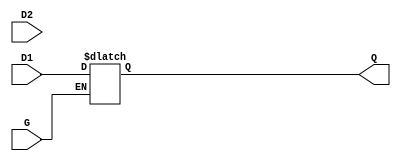
module dual_input_gated_latch (
    input wire D1,        // First data input
    input wire D2,        // Second data input
    input wire G,         // Gate control signal
    output reg Q          // Output that represents the stored value of the latch
);

    // Latch behavior
    always @ (G or D1 or D2) begin
        if (G) begin
            // When G is high, decide which input to take
            // Here, we prioritize D1 over D2
            Q <= D1;  // You can modify this line to choose D2 if needed
        end
        // If G is low, retain the value of Q
    end

endmodule